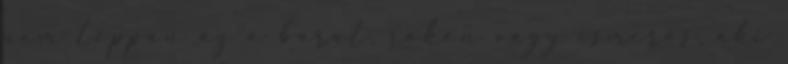
nem toppan az a barát, rokon vagy ismerős, aki